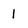
Character: 1